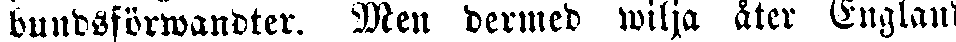
bundsförwandter. Men dermed wilja åter England